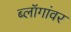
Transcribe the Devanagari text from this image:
ब्लॉगांवर